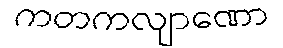
ကတကလျာဏော